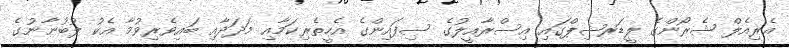
އެރިއެލް ޝެރޯންގެ ލީޑަރޝިޕްގައި އިސްރާއީލުގެ ސިފައިންގެ އެހީތެރިކަމާއި މަދަދާއި ބައިވެރިވުމާ އެކު ލުބުނާނުގެ